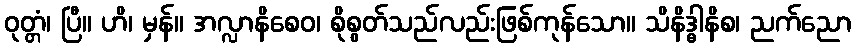
ဝုတ္တံ၊ ပြီ။ ဟိ၊ မှန်။ အလ္လာနိစေဝ၊ စိုစွတ်သည်လည်းဖြစ်ကုန်သော။ သိနိဒ္ဓါနိစ၊ ညက်ညော